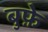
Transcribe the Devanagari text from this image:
बुफ़े